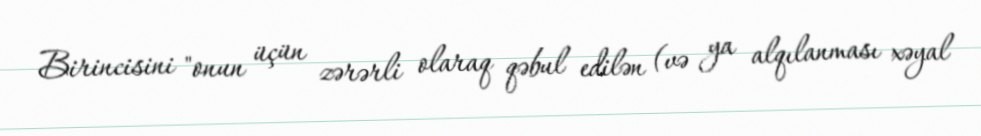
Birincisini "onun üçün zərərli olaraq qəbul edilən (və ya alqılanması xəyal